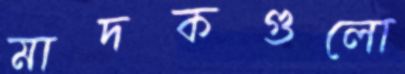
মাদকগুলো